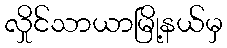
လှိုင်သာယာမြို့နယ်မှ